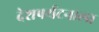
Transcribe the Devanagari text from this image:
देशपर्यटनाला